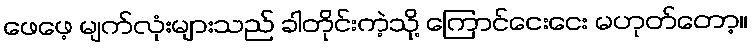
ဖေဖေ့ မျက်လုံးများသည် ခါတိုင်းကဲ့သို့ ကြောင်ငေးငေး မဟုတ်တော့။